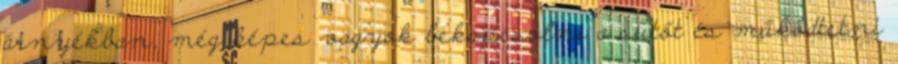
árnyékban, még képes vagyok bekapcsolni a sütőt és működtetni